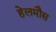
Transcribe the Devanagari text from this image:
हेलमौस